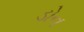
ડોન